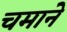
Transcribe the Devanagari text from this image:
चमाने